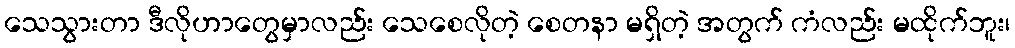
သေသွားတာ ဒီလိုဟာတွေမှာလည်း သေစေလိုတဲ့ စေတနာ မရှိတဲ့ အတွက် ကံလည်း မထိုက်ဘူး၊